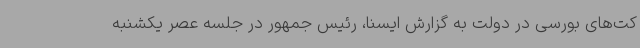
کت‌های بورسی در دولت به گزارش ایسنا، رئیس جمهور در جلسه عصر یکشنبه